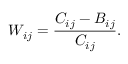
W _ { i j } = \frac { C _ { i j } - B _ { i j } } { C _ { i j } } .